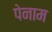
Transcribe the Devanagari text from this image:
पेनाम